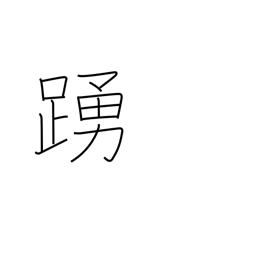
Meaning: leap